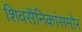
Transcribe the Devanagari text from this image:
शिवसैनिकांसमोर